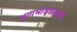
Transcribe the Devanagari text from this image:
भागभांडवलाची